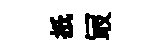
扺冣